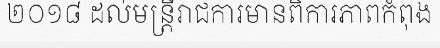
២០១៨ ដល់មន្ត្រីរាជការមានពិការភាពកំពុង